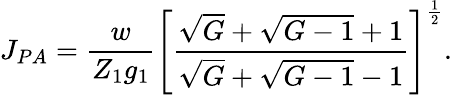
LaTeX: J_{PA}=\frac{w}{Z_{1}g_{1}}\left[\frac{\sqrt{G}+\sqrt{G-1}+1}{\sqrt{G}+\sqrt{G-1}-1}\right]^{\frac{1}{2}}.